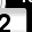
Digit: 2